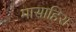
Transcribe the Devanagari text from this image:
मासाहिरा